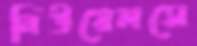
নিউয়েলসে